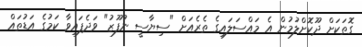
ގޮތަކަށް ދޫކޮށްލުމުން އެ މައްސަލައިގެ ތެރެއަށް "ސިޔާސީ ނުފޫޒު" ވަދެފައިވާ ކަމުގެ އަޑުތައް